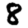
Digit: 8